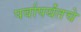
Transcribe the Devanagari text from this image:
पर्वापर्यंतचे